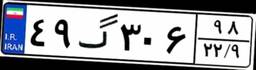
۴۹گ۳۰۶۹۸